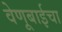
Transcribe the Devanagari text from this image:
वेणूबाईचा